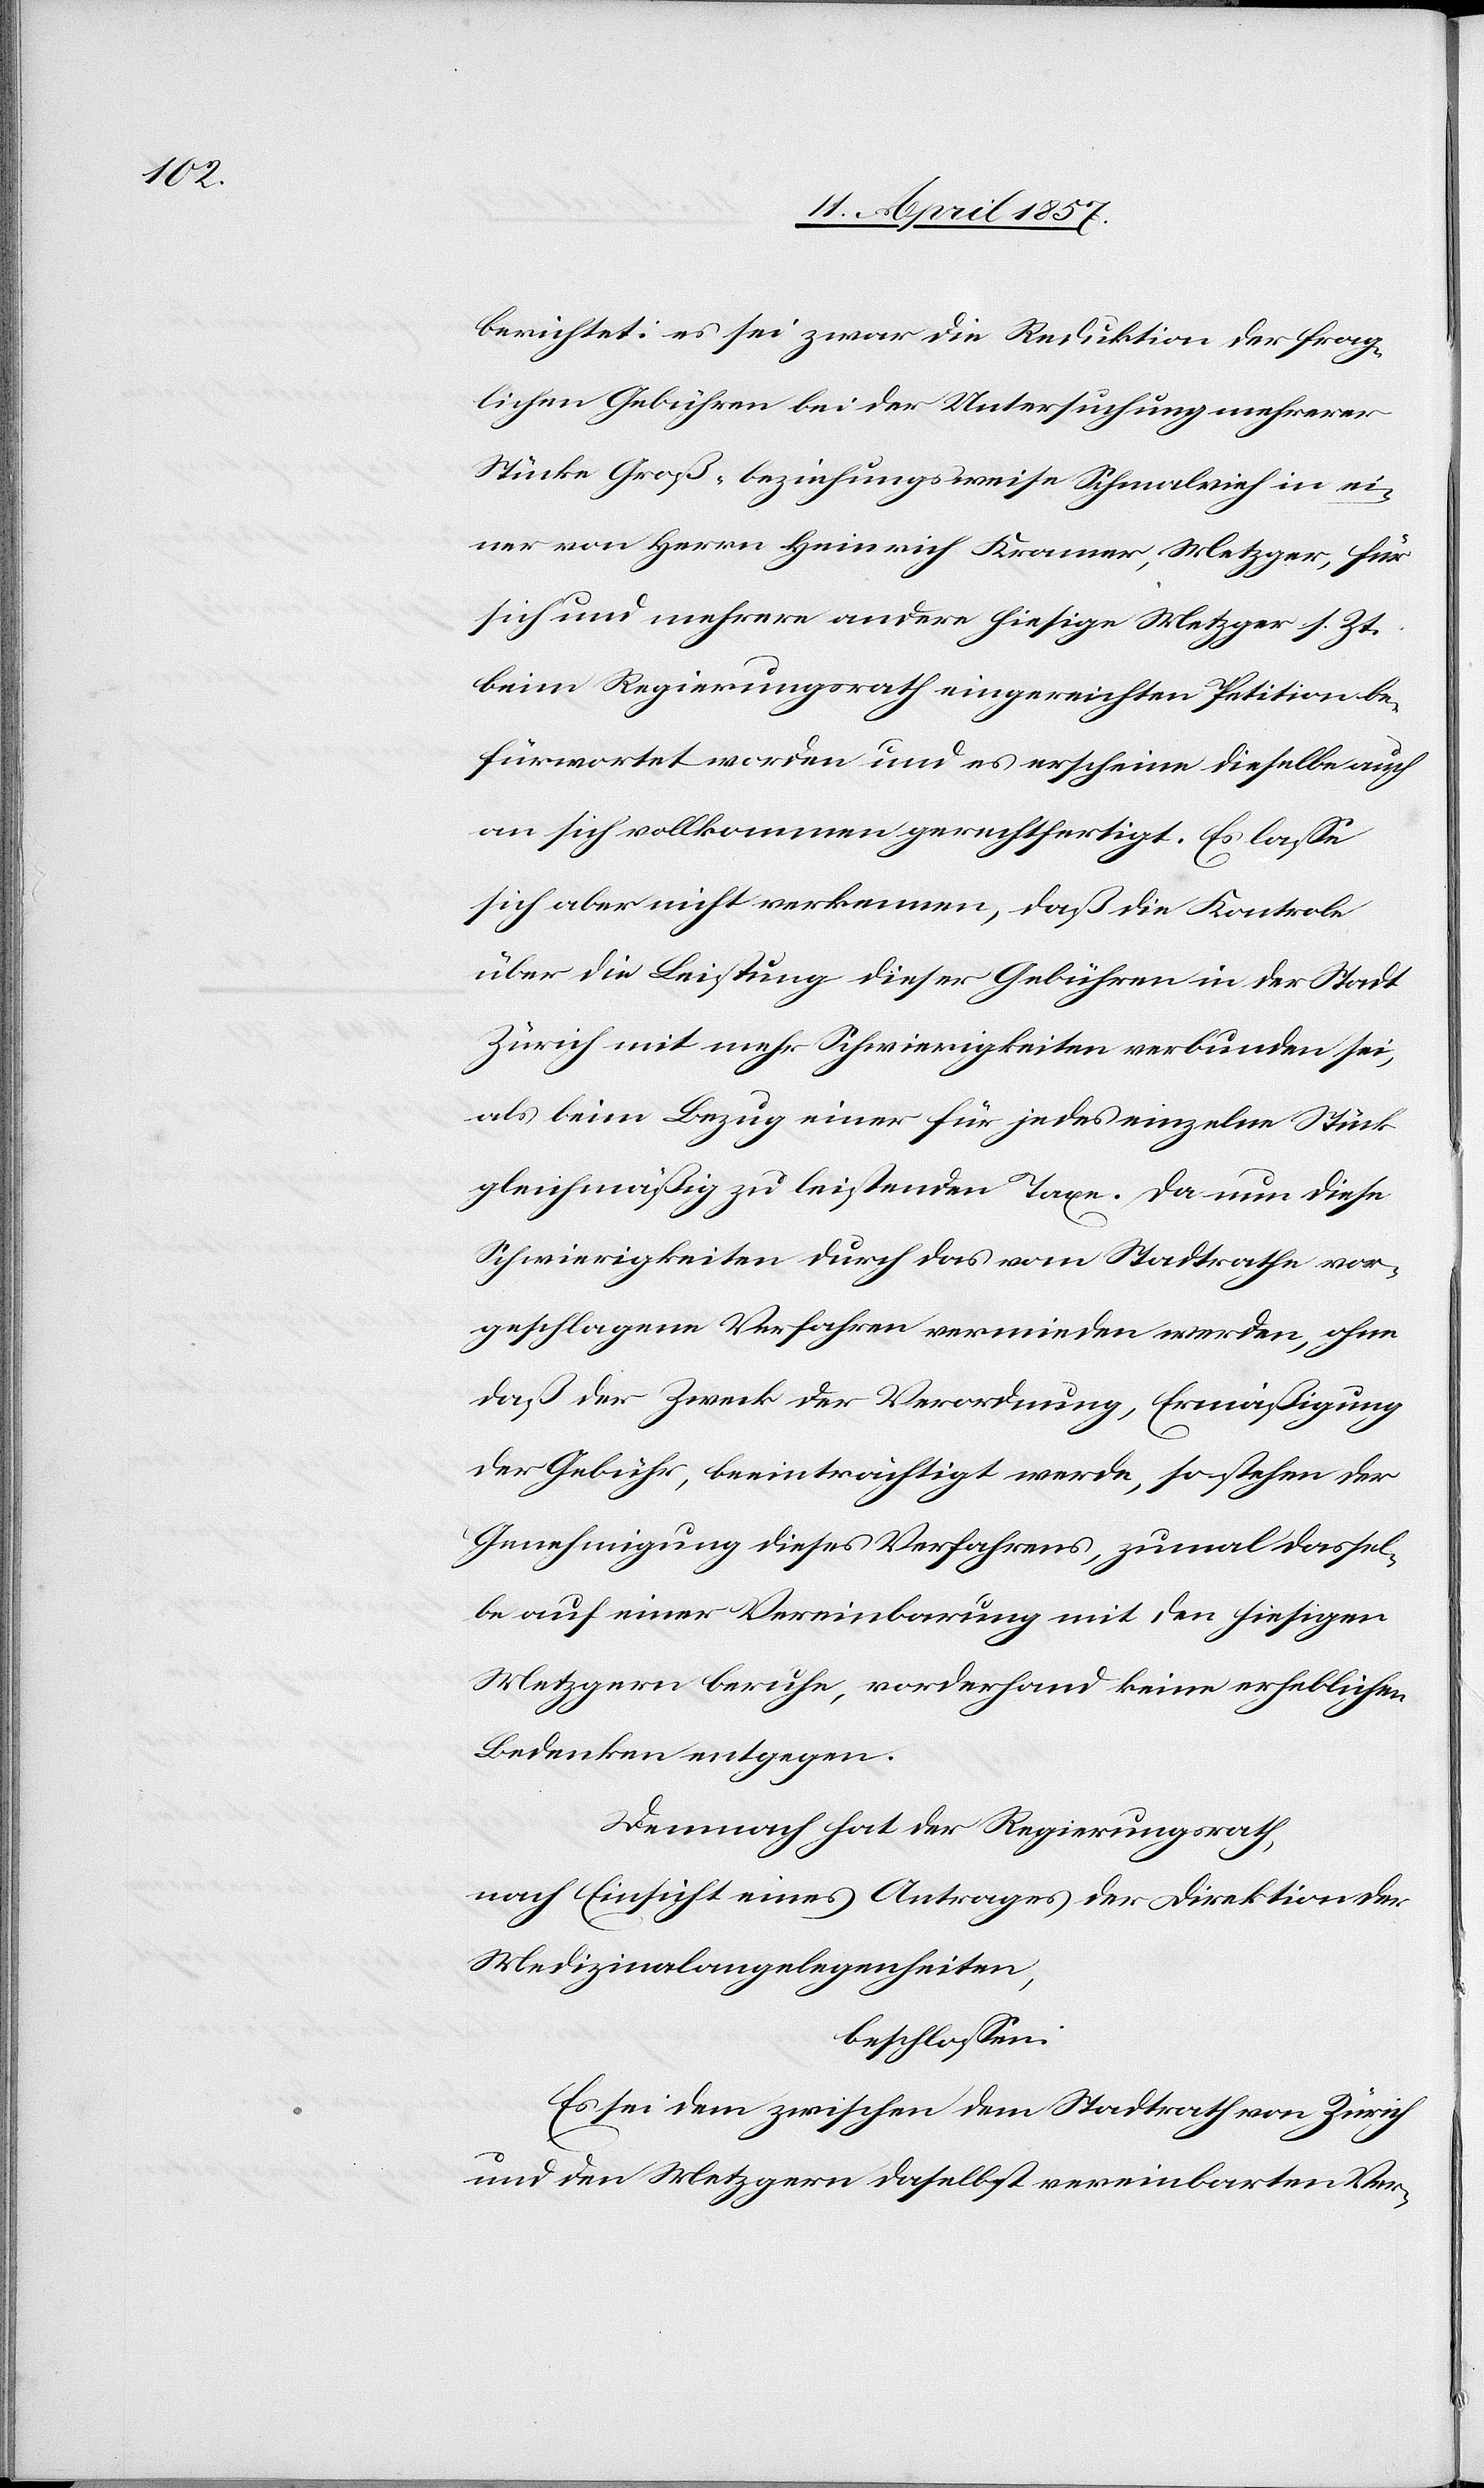
berichtet: es sei zwar die Reduktion der frag¬
lichen Gebühren bei der Untersuchung mehrerer
Stücke Groß- beziehungsweise Schmalvieh in ei¬
ner von Herrn Heinrich Kramer, Metzger, für
sich und mehrere andere hiesige Metzger s. Zt.
beim Regierungsrath eingereichten Petition be¬
fürwortet worden und es erscheine dieselbe auch
an sich vollkommen gerechtfertigt. Es lasse
sich aber nicht verkennen, daß die Kontrole
über die Leistung dieser Gebühren in der Stadt
Zürich mit mehr Schwierigkeiten verbunden sei,
als beim Bezug einer für jedes einzelne Stück
gleichmäßig zu leistenden Taxe. Da nun diese
Schwierigkeiten durch das vom Stadtrathe vor¬
geschlagene Verfahren vermieden werden, ohne
daß der Zweck der Verordnung, Ermäßigung
der Gebühr, beeinträchtigt werde, so stehen der
Genehmigung dieses Verfahrens, zumal dassel¬
be auf einer Vereinbarung mit den hiesigen
Metzgern beruhe, vorderhand keine erheblichen
Bedenken entgegen.
Demnach hat der Regierungsrath,
nach Einsicht eines Antrages der Direktion der
Medizinalangelegenheiten,
beschlossen:
Es sei dem zwischen dem Stadtrath von Zürich
und den Metzgern daselbst vereinbarten Ver-